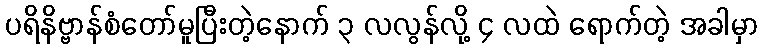
ပရိနိဗ္ဗာန်စံတော်မူပြီးတဲ့နောက် ၃ လလွန်လို့ ၄ လထဲ ရောက်တဲ့ အခါမှာ